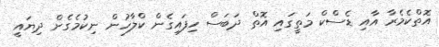
އޮތްކެމެރާ އާއި ޑެސްކް މަތީގައި އޮތް ދަބަސް ހިފައިގެން ކްލާހުން ނިކުމެގެން ދިޔައީ